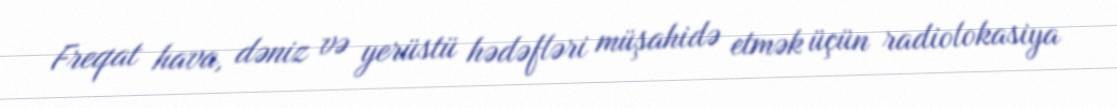
Freqat hava, dəniz və yerüstü hədəfləri müşahidə etmək üçün radiolokasiya